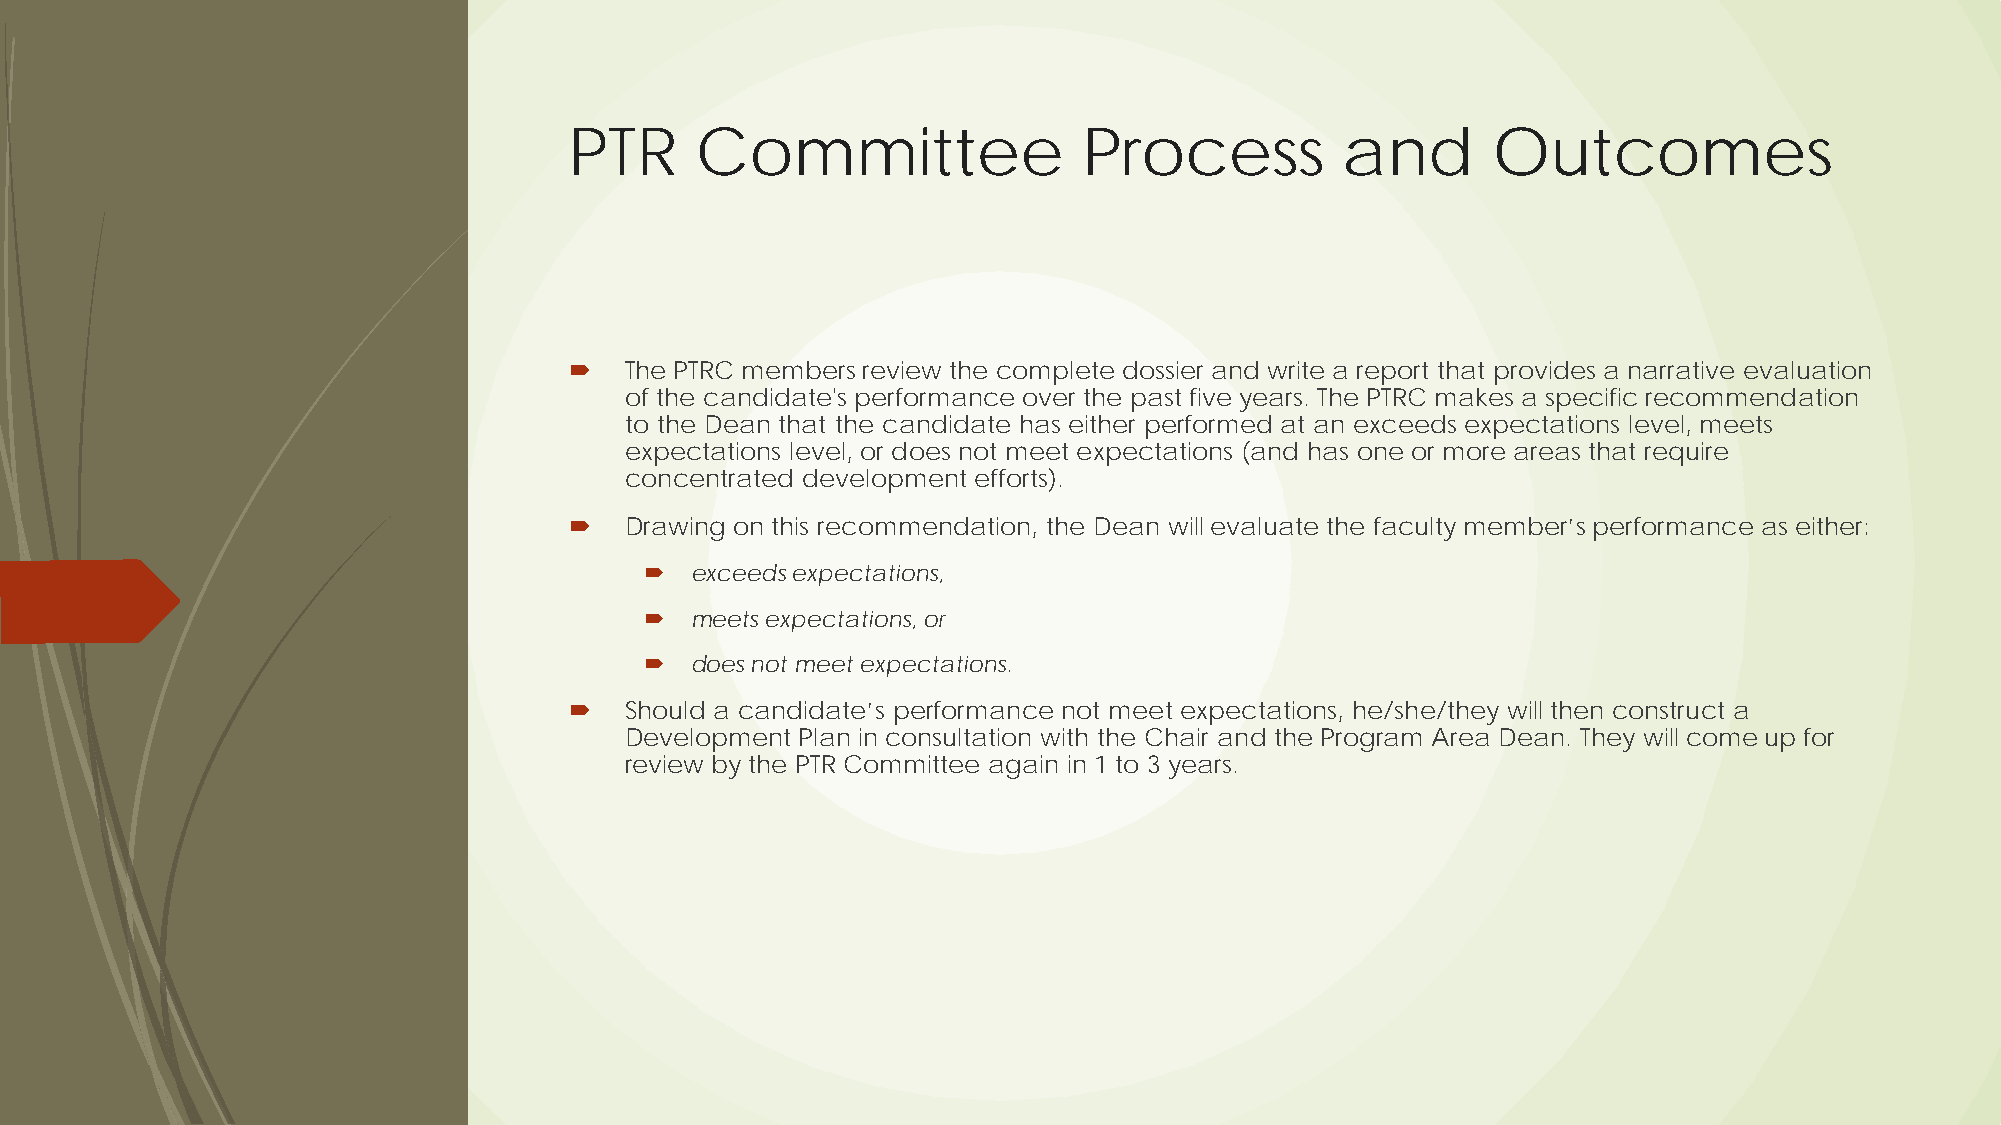
PTR     Committee                 Process          and       Outcomes
   The PTRC members review the complete dossier and write a report that provides a narrative evaluation
 of the candidate's performance over the past five years. The PTRC makes a specific recommendation
 to the Dean that the candidate has either performed at an exceeds expectations level, meets
 expectations level, or does not meet expectations (and has one or more areas that require
 concentrated development efforts).
   Drawing on this recommendation, the Dean will evaluate the faculty member’s performance as either:
   exceeds expectations,
   meets expectations, or
   does not meet expectations.
   Should a candidate’s performance not meet expectations, he/she/they will then construct a
 Development Plan in consultation with the Chair and the Program Area Dean. They will come up for
 review by the PTR Committee again in 1 to 3 years.